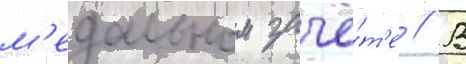
м'едальном зачё́т'е // В